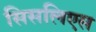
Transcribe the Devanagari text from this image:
सिसलिएस